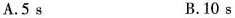
A. 5s B. 10s